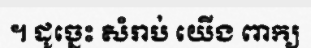
។ ដូច្នេះ សំរាប់ យើង ពាក្យ